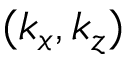
( k _ { x } , k _ { z } )